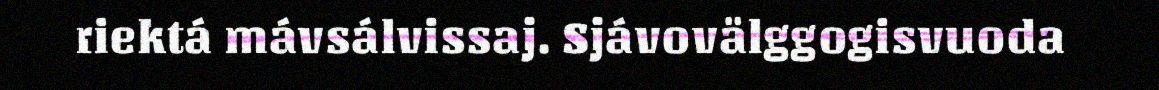
riektá mávsálvissaj. Sjávovälggogisvuoda